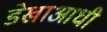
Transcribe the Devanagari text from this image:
डेखाआधी